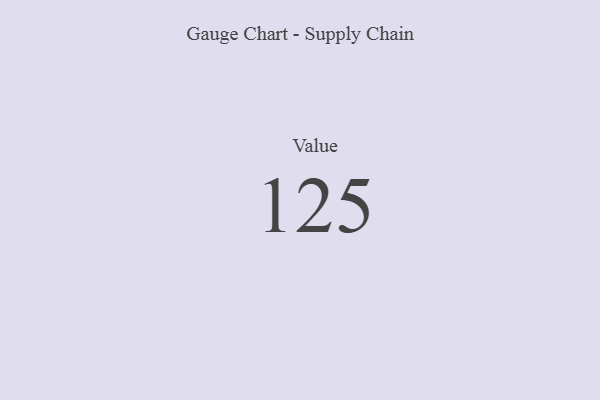
{"axis": {"x": "Metric", "y": "Value"}, "legend": [""], "data": [{"x": "Value", "y": 125, "type": ""}]}